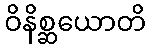
ဝိနိစ္ဆယောတိ